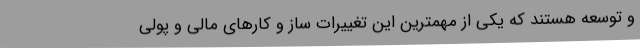
و توسعه هستند که یکی از مهمترین این تغییرات ساز و کارهای مالی و پولی